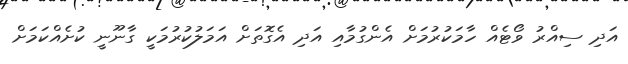
އަދި ސިއްރު ވޯޓެއް ހާމަކުރުމަށް އެންގުމާއި އަދި އެގޮތަށް އަމަލުކުރުމަކީ ގާނޫނީ ކުށެއްކަމަށް